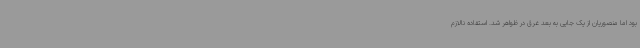
بود اما منصوریان از یک‌ جایی به بعد غرق در ظواهر شد. استفاده نالازم